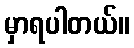
မှာရပါတယ်။